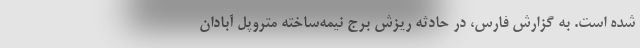
شده است. به گزارش فارس، در حادثه ریزش برج نیمه‌ساخته متروپل آبادان